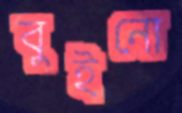
বুইনো